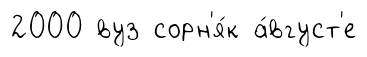
2000 вуз сорн'я́к а́вгуст'е